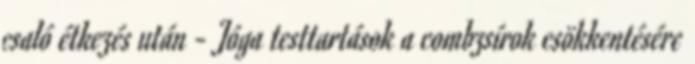
csaló étkezés után - Jóga testtartások a combzsírok csökkentésére